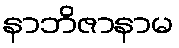
နာဘိဇာနာမ